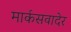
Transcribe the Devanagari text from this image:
मार्कसवादेर